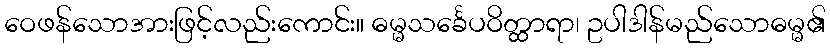
ဝေဖန်သောအားဖြင့်လည်းကောင်း။ ဓမ္မသင်္ခေပဝိတ္ထာရာ၊ ဥပါဒါန်မည်သောဓမ္မ၏